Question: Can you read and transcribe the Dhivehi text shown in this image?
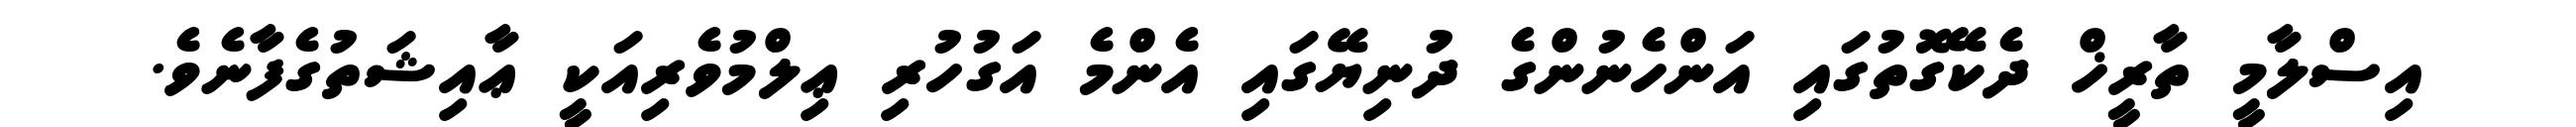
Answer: އިސްލާމީ ތާރީޚް ދެކޭގޮތުގައި އަންހެނުންގެ ދުނިޔޭގައި އެންމެ އަގުހުރި ޢިލްމުވެރިއަކީ ޢާއިޝަތުގެފާނެވެ.